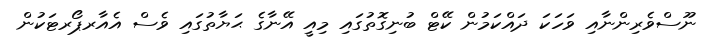
ނޫސްވެރިންނާއި ވަހަކަ ދައްކަމުން ކޭޓް ބުނިގޮތުގައި މިއީ އޭނާގެ ޙަޔާތުގައި ވެސް އެއާރޕޯރޓަކުން